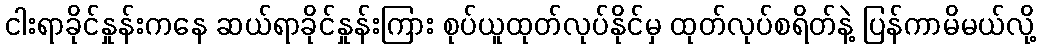
ငါးရာခိုင်နှုန်းကနေ ဆယ်ရာခိုင်နှုန်းကြား စုပ်ယူထုတ်လုပ်နိုင်မှ ထုတ်လုပ်စရိတ်နဲ့ ပြန်ကာမိမယ်လို့